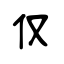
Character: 仅